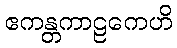
ဧကန္တကာဠကေဟိ